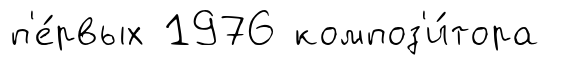
п'е́рвых 1976 композ'и́тора